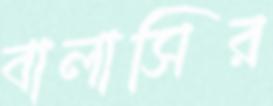
বালাসির